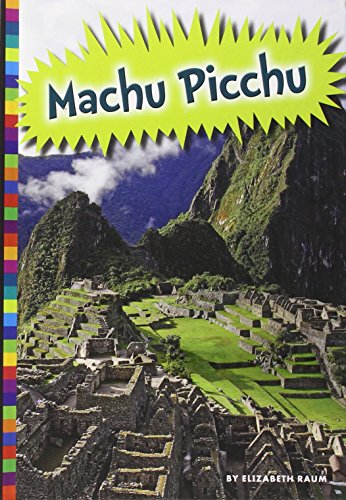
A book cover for Machu Picchu (Ancient Wonders); Elizabeth Raum; Children's Books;